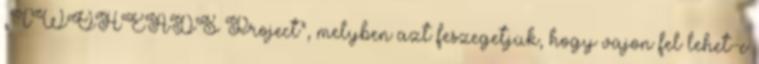
„TWOHEADS Project”, melyben azt feszegetjük, hogy vajon fel lehet-e